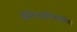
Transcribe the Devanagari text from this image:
केरिएटाइटिसशामिल